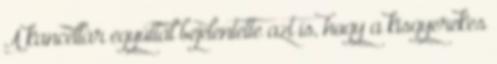
A kancellár egyúttal bejelentette azt is, hogy a kisgyerekes